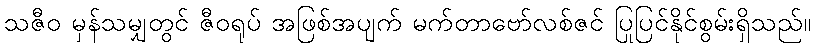
သဇီဝ မှန်သမျှတွင် ဇီဝရုပ် အဖြစ်အပျက် မက်တာဗော်လစ်ဇင် ပြုပြင်နိုင်စွမ်းရှိသည်။